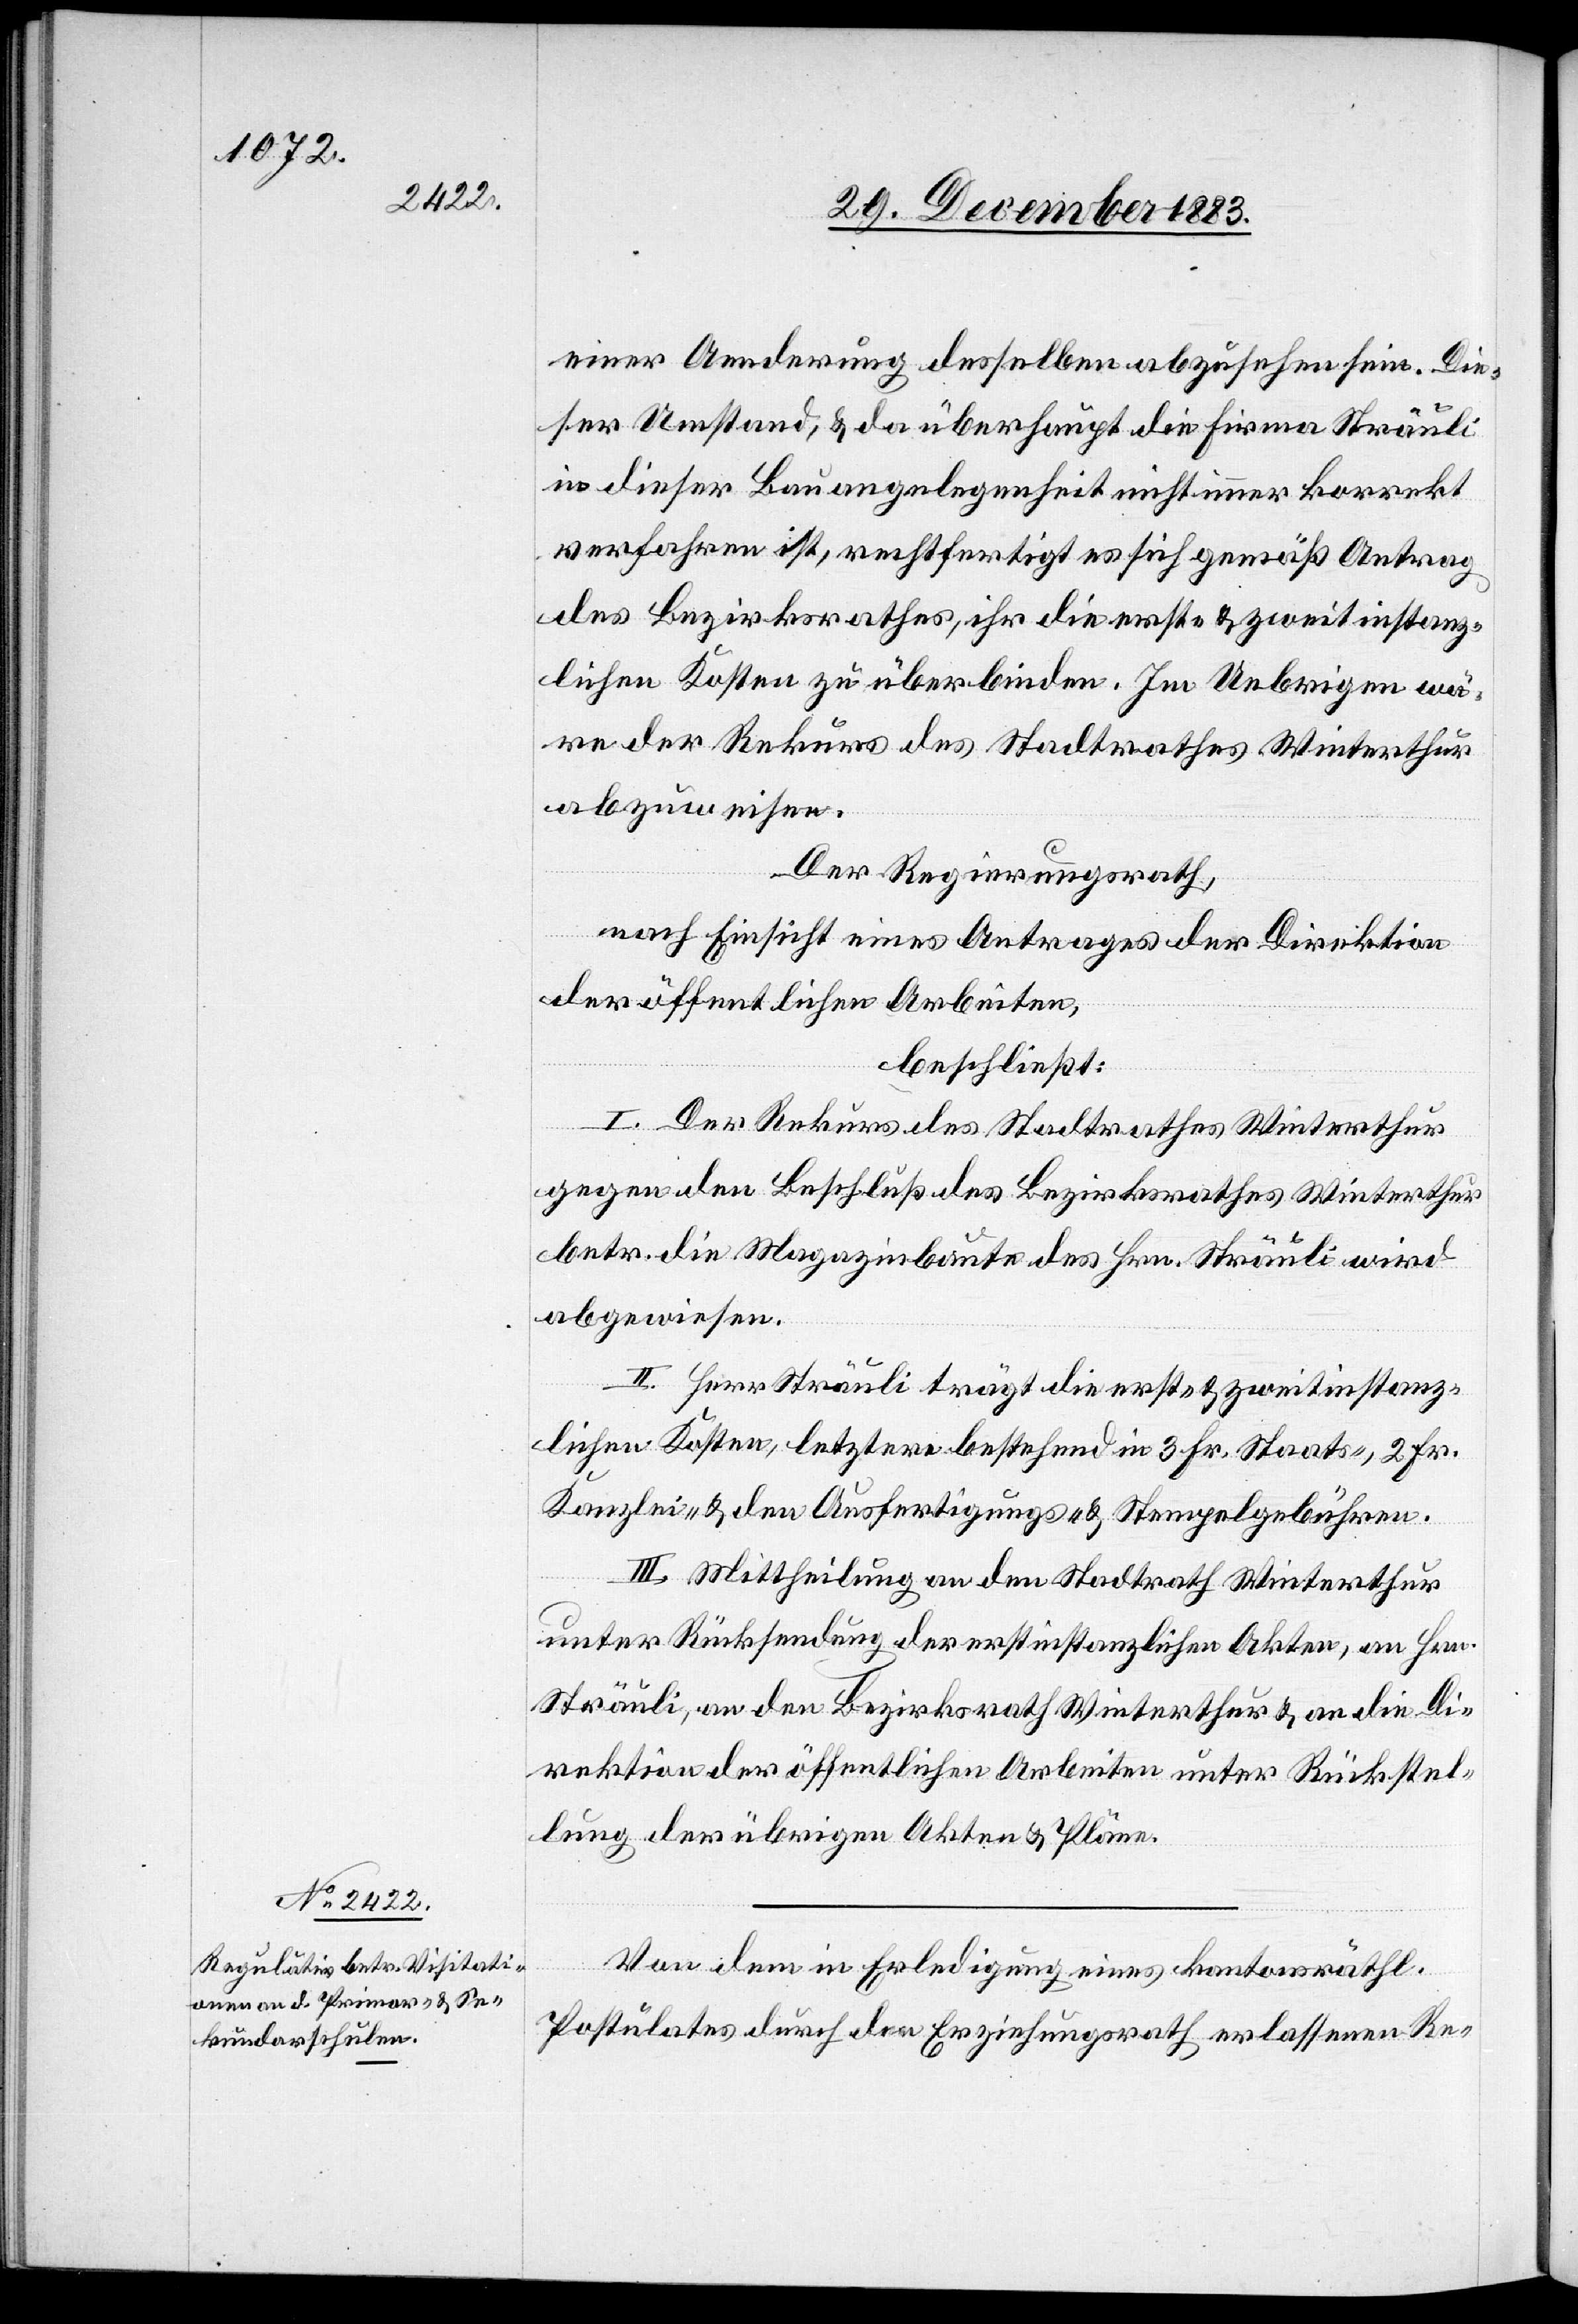
einer Aenderung desselben abzusehen sein. Die¬
ser Umstand, & da überhaupt die Firma Sträuli
in dieser Bauangelegenheit nicht immer korrekt
verfahren ist, rechtfertigt es sich gemäß Antrag
des Bezirksrathes, ihr die erst- & zweitinstanz¬
lichen Kosten zu überbinden. Im Uebrigen wä¬
re der Rekurs des Stadtrathes Winterthur
abzuweisen.
Der Regierungsrath,
nach Einsicht eines Antrages der Direktion
der öffentlichen Arbeiten,
beschließt:
I. Der Rekurs des Stadtrathes Winterthur
gegen den Beschluß des Bezirksrathes Winterthur
betr. die Magazinbaute des Hrn. Sträuli wird
abgewiesen.
II. Herr Sträuli trägt die erst- & zweitinstanz¬
lichen Kosten, letztere bestehend in 3 Fr. Staats-, 2 Fr.
Kanzlei- & den Ausfertigungs- & Stempelgebühren.
III. Mittheilung an den Stadtrath Winterthur
unter Rücksendung der erstinstanzlichen Akten, an Hrn.
Sträuli, an den Bezirksrath Winterthur & an die Di¬
rektion der öffentlichen Arbeiten unter Rückstel¬
lung der übrigen Akten & Pläne.
Von dem in Erledigung eines kantonsräthl.
Postulates durch den Erziehungsrath erlassenen Re-